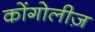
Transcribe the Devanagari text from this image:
कोंगोलीज़